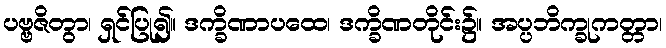
ပဗ္ဗဇိတွာ၊ ရှင်ပြု၍။ ဒက္ခိဏာပထေ၊ ဒက္ခိဏတိုင်း၌။ အပ္ပဘိက္ခုကတ္တာ၊